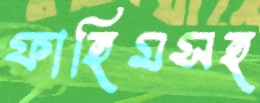
ফাহিমসহ